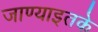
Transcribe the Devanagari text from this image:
जाण्याइतके